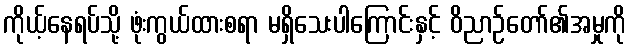
ကိုယ့်နေရပ်သို့ ဖုံးကွယ်ထားစရာ မရှိသေးပါကြောင်းနှင့် ဝိညာဉ်တော်၏အမှုကို